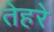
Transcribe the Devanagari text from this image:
तेहरे